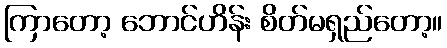
ကြာတော့ ဘောင်ဟိန်း စိတ်မရှည်တော့။